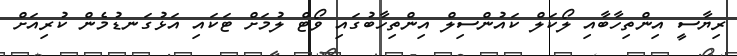
ރިޔާސީ އިންތިހާބާއި ލޯކަލް ކައުންސިލް އިންތިހާބުގައި ވޯޓް ލުމަށް ޓަކައި އަޅުގަނޑުމެން ކުރިއަށް